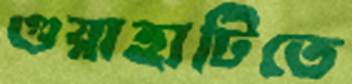
গুয়াহাটিতে